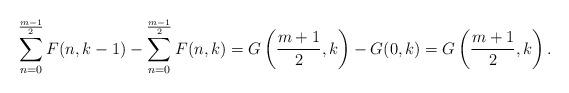
LaTeX: \begin{align*}\sum_{n=0}^{\frac{m-1}{2}}F(n,k-1)-\sum_{n=0}^{\frac{m-1}{2}}F(n,k)=G\left(\frac{m+1}{2},k\right)-G(0,k)=G\left(\frac{m+1}{2},k\right). \end{align*}